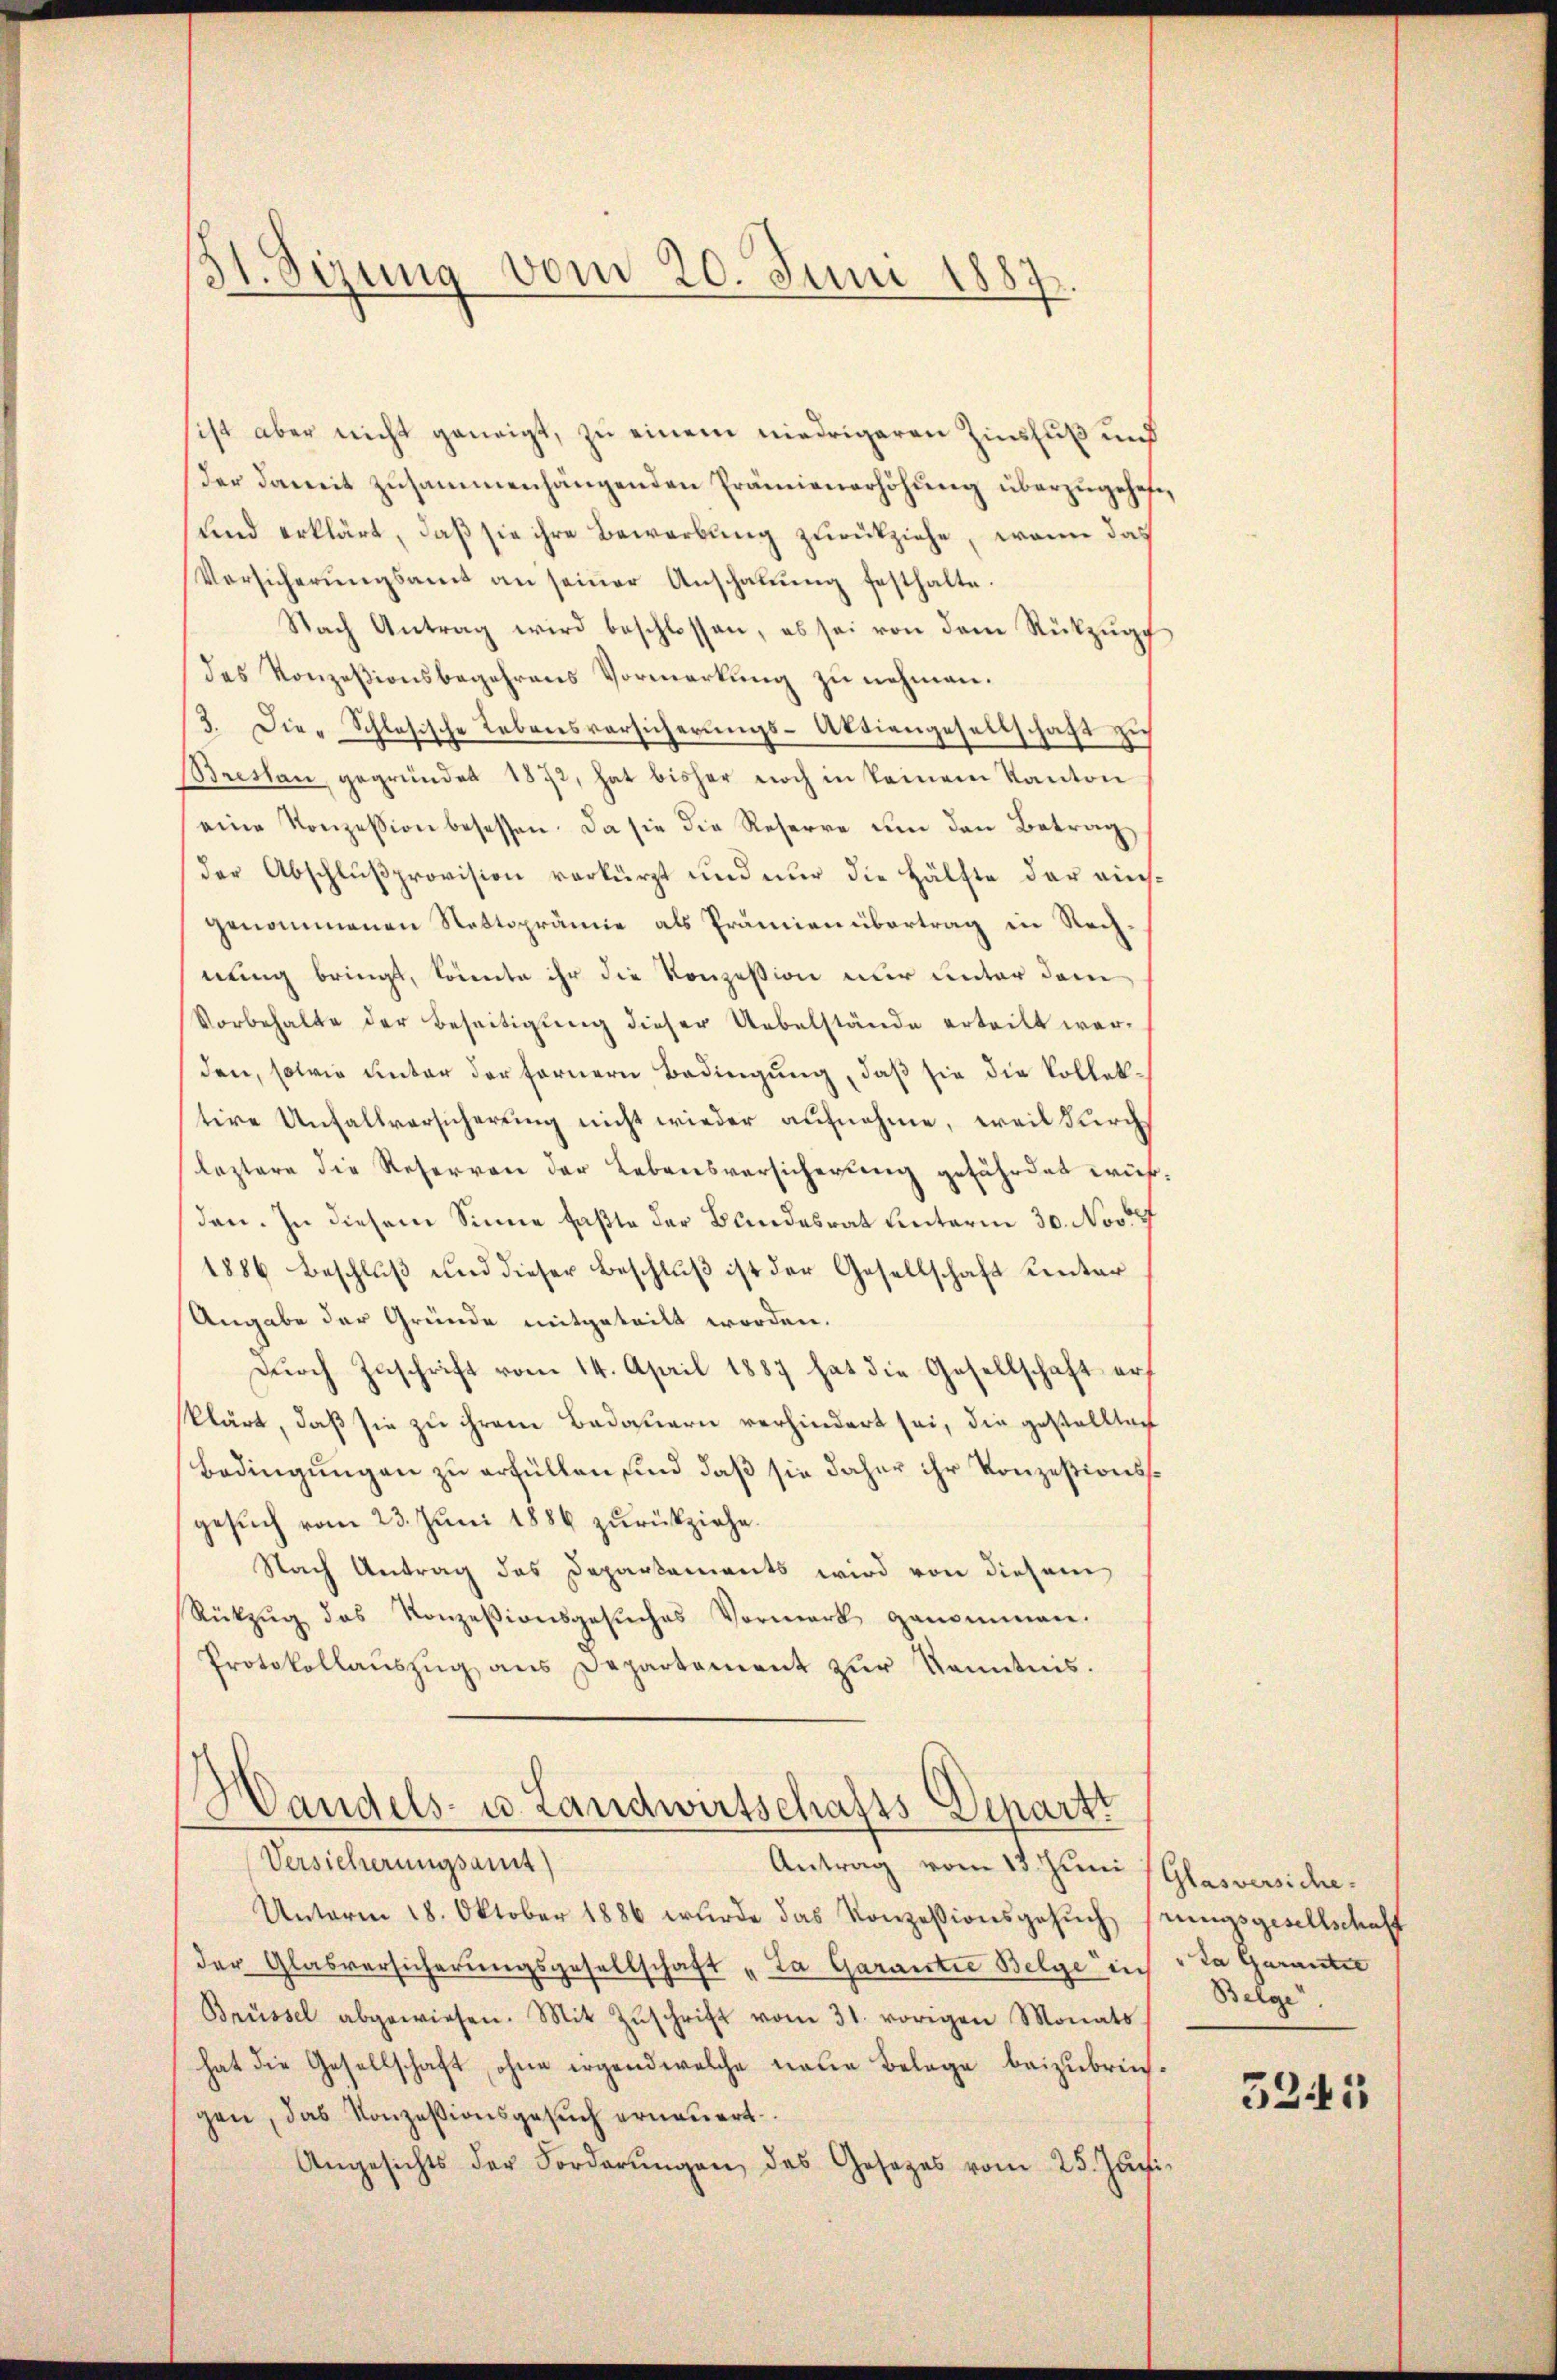
31. Sizung vom 20. Juni 1887.

ist aber nicht geneigt, zu einem niedrigeren Zinsfuß und
der damit zusammenhängenden Prämienerhöhŭng überzugehofe,
und erklärt, daß sie ihre Bewerbung zurückziehe, wenn das
Versicherŭngsamt an seiner Anschaŭŭng festhalte.
Nach Antrag wird beschlossen, es sei von dem Rückzŭgs
des Konzesionsbegehrens Vormerkung zu nehmen.
3. Die Schlesische Lebensvorsicherungs-Aktiengesellschaft zu
Breslau, gegründet 1872, hat bisher noch in keinem Kanton
eine Konzession besessen. Da sie die Reserre um den Betrag
der Abschlußprovision verkürzt und nur die Hälfte der ainsgenommenen Nettoprämie als Prämien übertrag in Rechnung bringt, könnte ihr die Konzession nur unter dem
Vorbehalte der Beseitigung dieser Uebelstände erteilt werden, sowie unter der fernern Bedingung, daß sie die Vollektire Unfallversicherung nicht wieder aufnehme, weil durch
leztere die Reservon der Lebensversicherung gefährdet wir,
den. In diesem Sinne faßte der Bundesrat hinterm 30. Nov 18
1886 Beschluß und dieser Beschluß ist der Gesellschaft unter
Angabe der Gründe mitgeteilt worden.
Dŭrch Zuschrift vom 14. April 1887 hat die Gesellschaft erf
klärt, daß sie zu ihrem Bedauern verhindert sei, die gestellten
Bedingungen zu erfüllen sind, daß sie daher ihr Konzesionssgesuch vom 23. Juni 1886 zurückziehe.
Nach Antrag des Departaments wird von diesem
Rükzŭg des Konzesionsgesŭches Vormerk genommen.
Protokollaŭszŭg ans Departement zŭr Kenntnis.

Handels- u. Landwirtschafts Departt
Versicherungsamst
Antrag vom 13. Juni (Glasversiche

Unterm 18. Oktober 1886 wurde das Konzessionsgesŭch prungsgesellschaft
der Glasversicherungsgesellschaft „La Garantie Belge sich da Garantie
Brüssel abgewiesen. Mit Zŭschrift vom 31. vorigen Monats
hat die Gesellschaft, ohne irgend welche neue Belege beizubreichgen, das Konzessionsgesuch erneuert.
Angesichts der Forderŭngen, das Gesetzes vom 25. Juni

Belge

5241